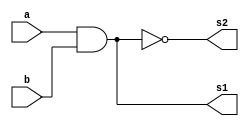
// -------------------------
// Exemplo_0703 - GATES
// Nome: Felipe Augusto Morais Silva
// -------------------------
// -------------------------
// f7a_gate
// -------------------------
module f7a ( output s1, output s2, input a, input b );
and AND1 (s1, a, b);
nand NAND1 (s2, a, b);
endmodule // f7
// -------------------------
// f7b_gate
// -------------------------
module f7b ( output s1, output s2, input a, input b );
or OR1 (s1, a, b);
nor NOR1 (s2, a, b);
endmodule // f7

// -------------------------
// multiplexer 2
// -------------------------
module mux1 ( output s, input a, input b, input select );
// definir dados locais
wire not_select;
wire sa;
wire sb;
// descrever por portas
not NOT1 ( not_select, select );
and AND1 ( sa, a, not_select );
and AND2 ( sb, b, select );
or OR1 ( s , sa, sb );
endmodule // mux
// -------------------------
// multiplexer 2
// -------------------------
module mux2 ( output s, input a, input b, input select );
// definir dados locais
wire not_select;
wire sa;
wire sb;
// descrever por portas
not NOT1 ( not_select, select );
and AND1 ( sa, a, not_select );
and AND2 ( sb, b, select );
or OR1 ( s , sa, sb );
endmodule // mux
// -------------------------
// multiplexer 3
// -------------------------
module mux3 ( output s, input a, input b, input select );
// definir dados locais
wire not_select;
wire sa;
wire sb;
// descrever por portas
not NOT1 ( not_select, select );
and AND1 ( sa, a, not_select );
and AND2 ( sb, b, select );
or OR1 ( s , sa, sb );
endmodule // mux

module test_f7;
// ------------------------- definir dados
reg x;
reg y;
reg s;// i will connect everything on this wire so i don't need to make a test for each possibilities of the 3 different wires
wire s1;
wire s2;
wire s3;
wire s4;
wire mux_out1;//multiplex output
wire mux_out2;
wire mux_out3;
f7a modulo_a ( s1, s2, x, y );
f7b modulo_b ( s3, s4, x, y );
mux1 MUX1 ( mux_out1, s1, s2, s );
mux2 MUX2 ( mux_out2, s3, s4, s );
mux3 MUX3 ( mux_out3, mux_out1, mux_out2, s);
// ------------------------- parte principal
initial
begin : main
$display("Exemplo_0703 - Felipe Augusto Morais Silva - 748473");
$display("Test LU's module");
$display("   x    y    s    s1   s2   s3   s4  out1	out2 ans");
//must define the variables before the first print, otherwise the answer will
//be x x x x ...
x = 1'b0; y = 1'b0; s = 1'b0;
#1 $monitor("%4b %4b %4b %4b %4b %4b %4b %4b %4b %4b", x, y, s, s1, s2, s3, s4, mux_out1, mux_out2, mux_out3);
//here we will shift the values of x and y depending on the multiplexer s
//when s == 0
//#1 	 s = 1'b0;
//#1   x = 1'b0;  y =  1'b0;
#1   x = 1'b0;  y =  1'b1;
#1   x = 1'b1;  y =  1'b0;
#1   x = 1'b1;  y =  1'b1;
//when s = 1
//it will print X = 1, Y = 1; 2 times, idk why tho.
#1 	 s = 1'b1;
#1   x = 1'b0;  y =  1'b0;
#1   x = 1'b0;  y =  1'b1;
#1   x = 1'b1;  y =  1'b0;
#1   x = 1'b1;  y =  1'b1;

end
endmodule // test_f7